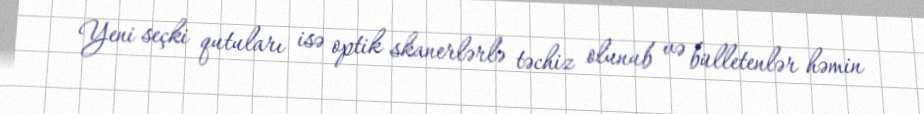
Yeni seçki qutuları isə optik skanerlərlə təchiz olunub və bülletenlər həmin